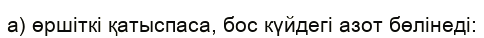
а) өршіткі қатыспаса, бос күйдегі азот бөлінеді: